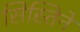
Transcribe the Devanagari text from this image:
सिस्तिने